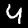
Digit: 4